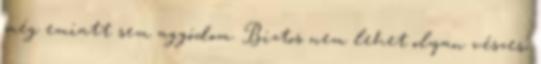
még emiatt sem aggódom. Biztos nem lehet olyan vészes,